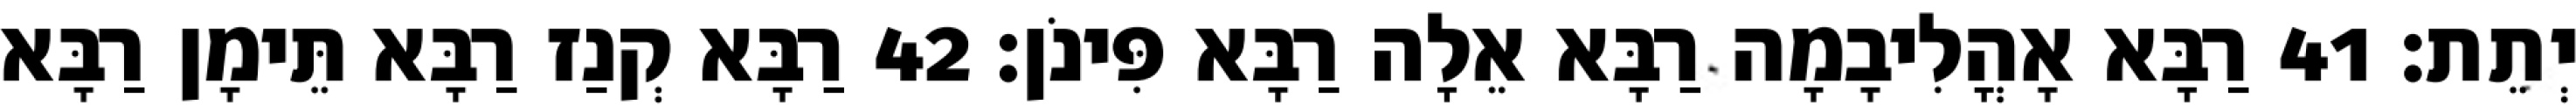
יְתֵת׃ 41 רַבָּא אָהֳלִיבָמָה רַבָּא אֵלָה רַבָּא פִּינֹן׃ 42 רַבָּא קְנַז רַבָּא תֵּימָן רַבָּא